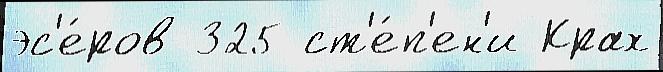
эс'е́ров 325 ст'е́п'ен'и Крах